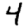
Digit: 4